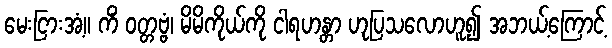
မေးငြားအံ့။ ကိံ ဝတ္တဗ္ဗံ၊ မိမိကိုယ်ကို ငါရဟန္တာ ဟုပြသလောဟူ၍ အဘယ့်ကြောင့်